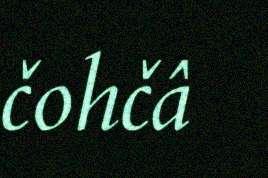
čohčâ